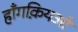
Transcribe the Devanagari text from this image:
हॉंगक़ियओ